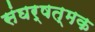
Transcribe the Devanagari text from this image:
संघर्षत्मक